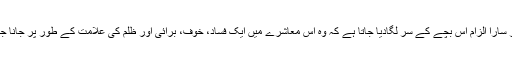
اور پھر سارا الزام اس بچے کے سر لگادیا جاتا ہے کہ وہ اس معاشرے میں ایک فساد، خوف، برائی اور ظلم کی علامت کے طور پر جانا جاتا ہے۔